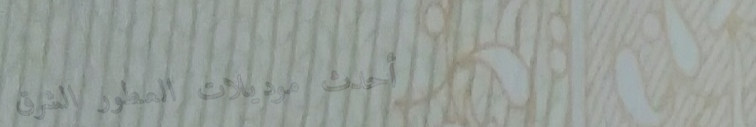
أحدث موديلات العطور الشرق